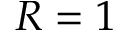
R = 1